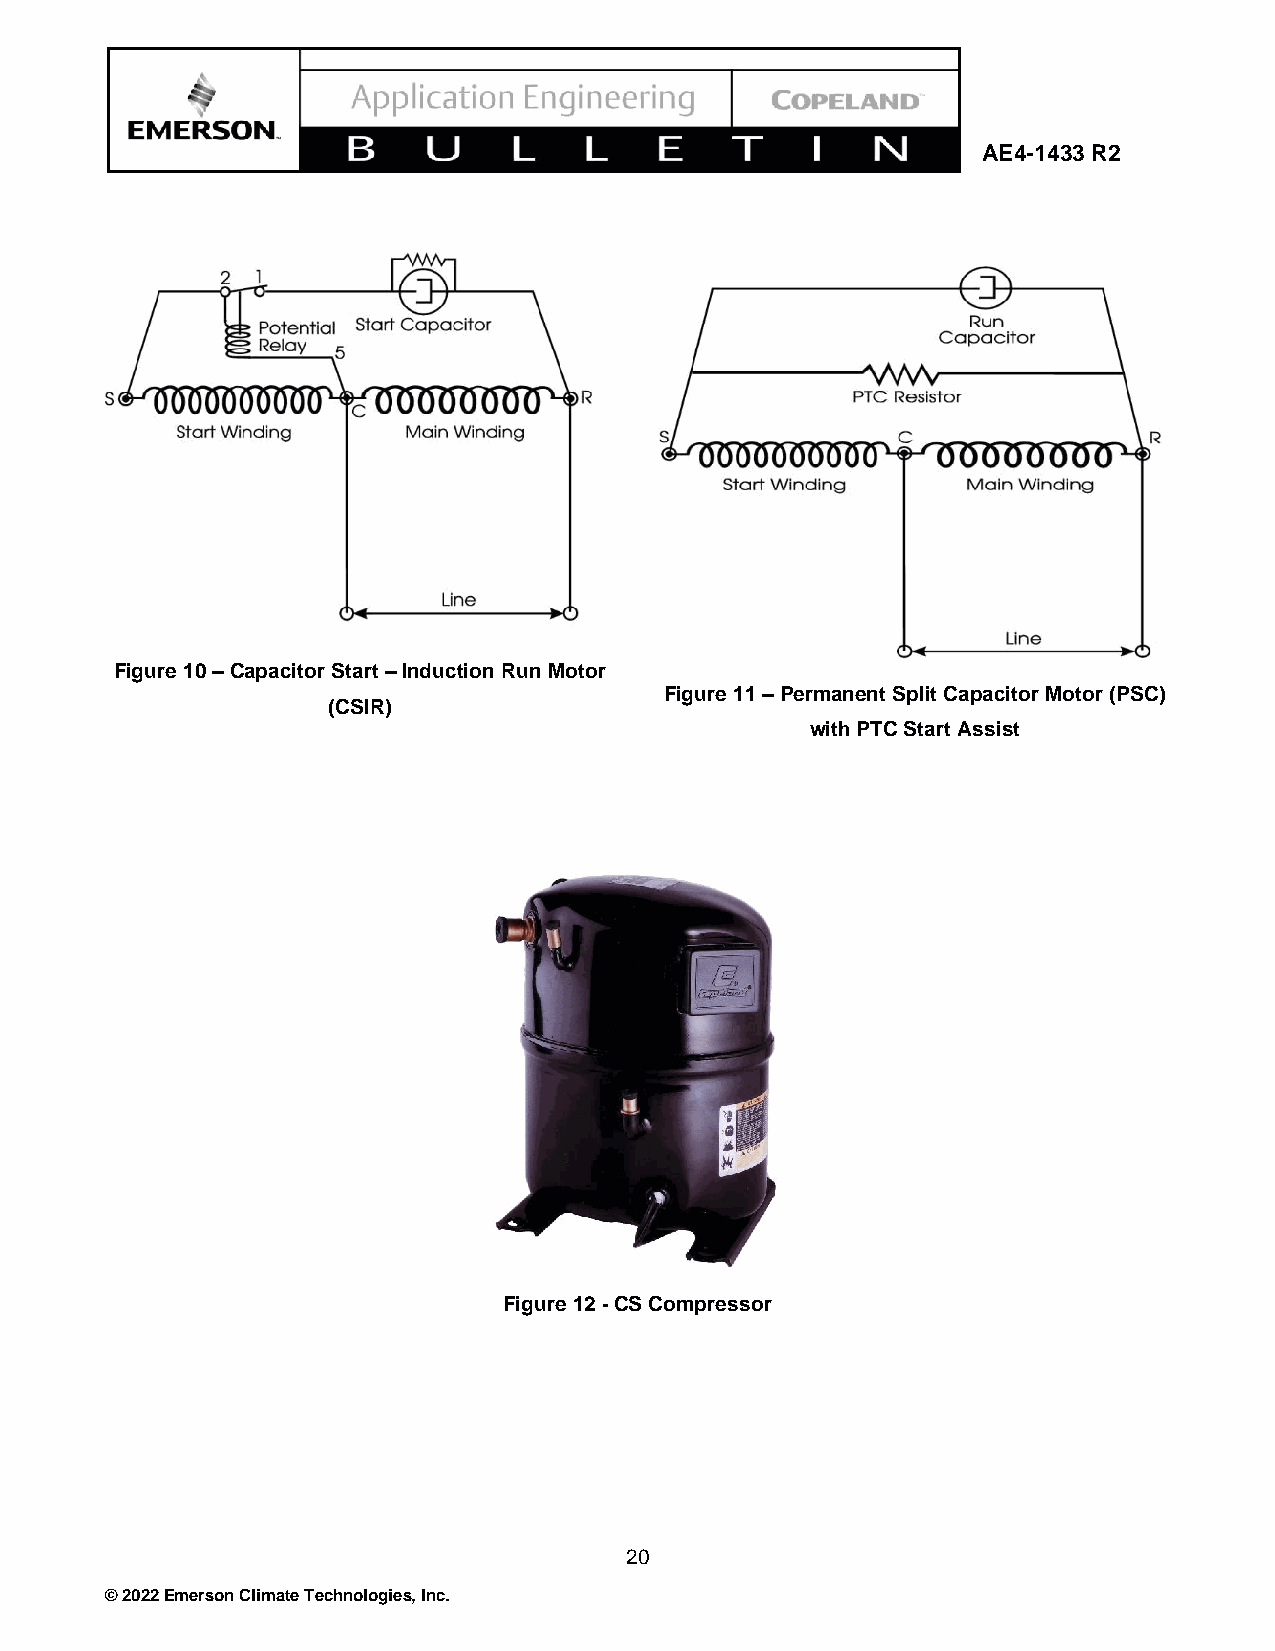
AE4-1433 R2
 Figure 10 – Capacitor Start – Induction Run Motor
 Figure 11 – Permanent Split Capacitor Motor (PSC)
 (CSIR)
 with PTC Start Assist
 Figure 12 - CS Compressor
 20
 © 2022 Emerson Climate Technologies, Inc.